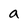
Character: a